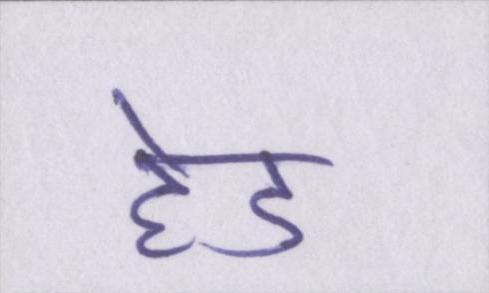
हेड